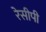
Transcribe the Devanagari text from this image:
रेसीपी